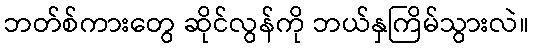
ဘတ်စ်ကားတွေ ဆိုင်လွန်ကို ဘယ်နှကြိမ်သွားလဲ။